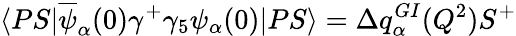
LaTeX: \langle PS|\overline{{{\psi}}}_{\alpha}(0)\gamma^{+}\gamma_{5}\psi_{\alpha}(0)|PS\rangle=\Delta q_{\alpha}^{GI}(Q^{2})S^{+}